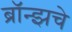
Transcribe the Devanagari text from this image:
ब्राॅन्झचे